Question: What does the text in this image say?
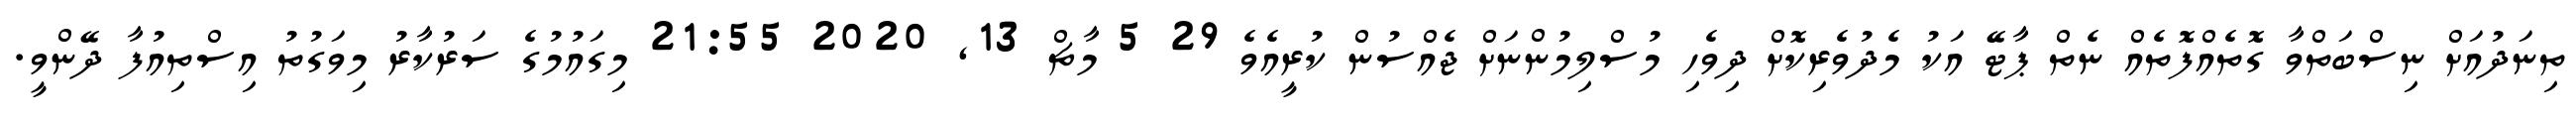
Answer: ތިނަދުއަށް ނިސްބަތްވާ ގޮތެއްފޮތެއް ނެތް ޕާޓޭ އަކު މެދުވެރިކޮށް ދިވެހި މުސްލިމުންނަށް ޖެއްސުން ކުރީއެވެ 29 5 މާޗް 13, 2020 21:55 މިގައުމުގެ ސަރުކާރު މިވަގުތު އިސްތިއުފާ ދޭންވީ.